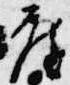
座